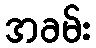
အခမ်း